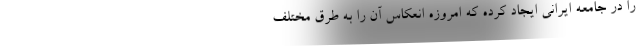
را در جامعه ایرانی ایجاد کرده که امروزه انعکاس آن را به طرق مختلف